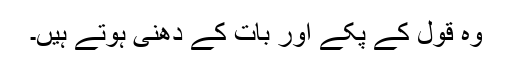
وہ قول کے پکے اور بات کے دھنی ہوتے ہیں۔